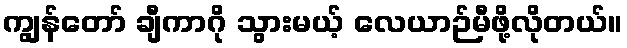
ကျွန်တော် ချီကာဂို သွားမယ့် လေယာဉ်မီဖို့လိုတယ်။